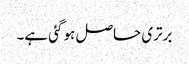
برتری حاصل ہو گئی ہے۔